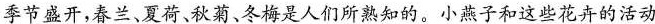
季节盛开，春兰、夏荷、秋菊、冬梅是人们所熟知的。小燕子和这些花卉的活动